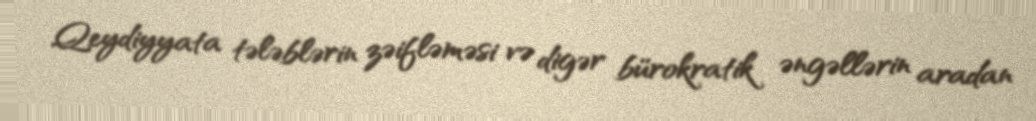
Qeydiyyata tələblərin zəifləməsi və digər bürokratik əngəllərin aradan